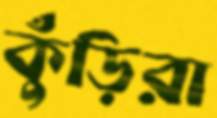
কুঁড়িরা